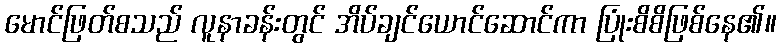
မောင်ဖြတ်စသည် လူနာခန်းတွင် အိပ်ချင်ယောင်ဆောင်ကာ ပြုံးစိစိဖြစ်နေ၏။